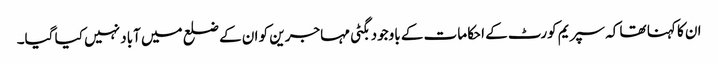
ان کا کہنا تھا کہ سپریم کورٹ کے احکامات کے باوجود بگٹی مہاجرین کو ان کے ضلع میں آباد نہیں کیا گیا۔